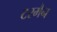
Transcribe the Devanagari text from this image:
टरमैन